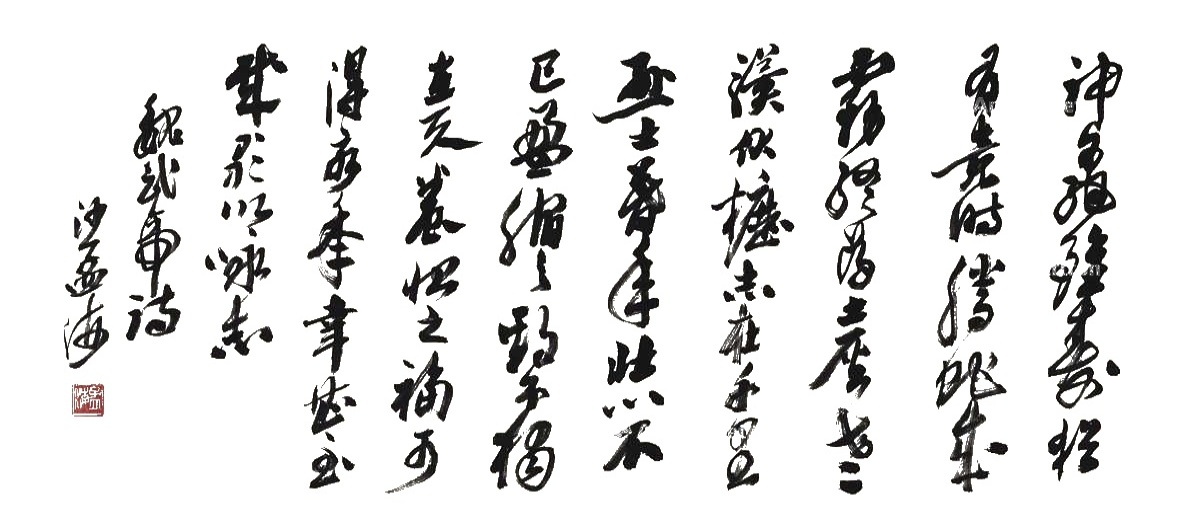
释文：神龟虽寿，犹有竟时。腾蛇成雾，终为土灰。老骥伏枥，志在千里。烈士暮年，壮心不已。盈缩之期，不独在天。养怡之福，可得永年。幸甚至哉，歌以咏志。魏武帝诗。沙孟海。